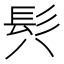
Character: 𩫵